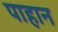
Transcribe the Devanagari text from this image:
पाहान